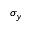
\sigma _ { y }